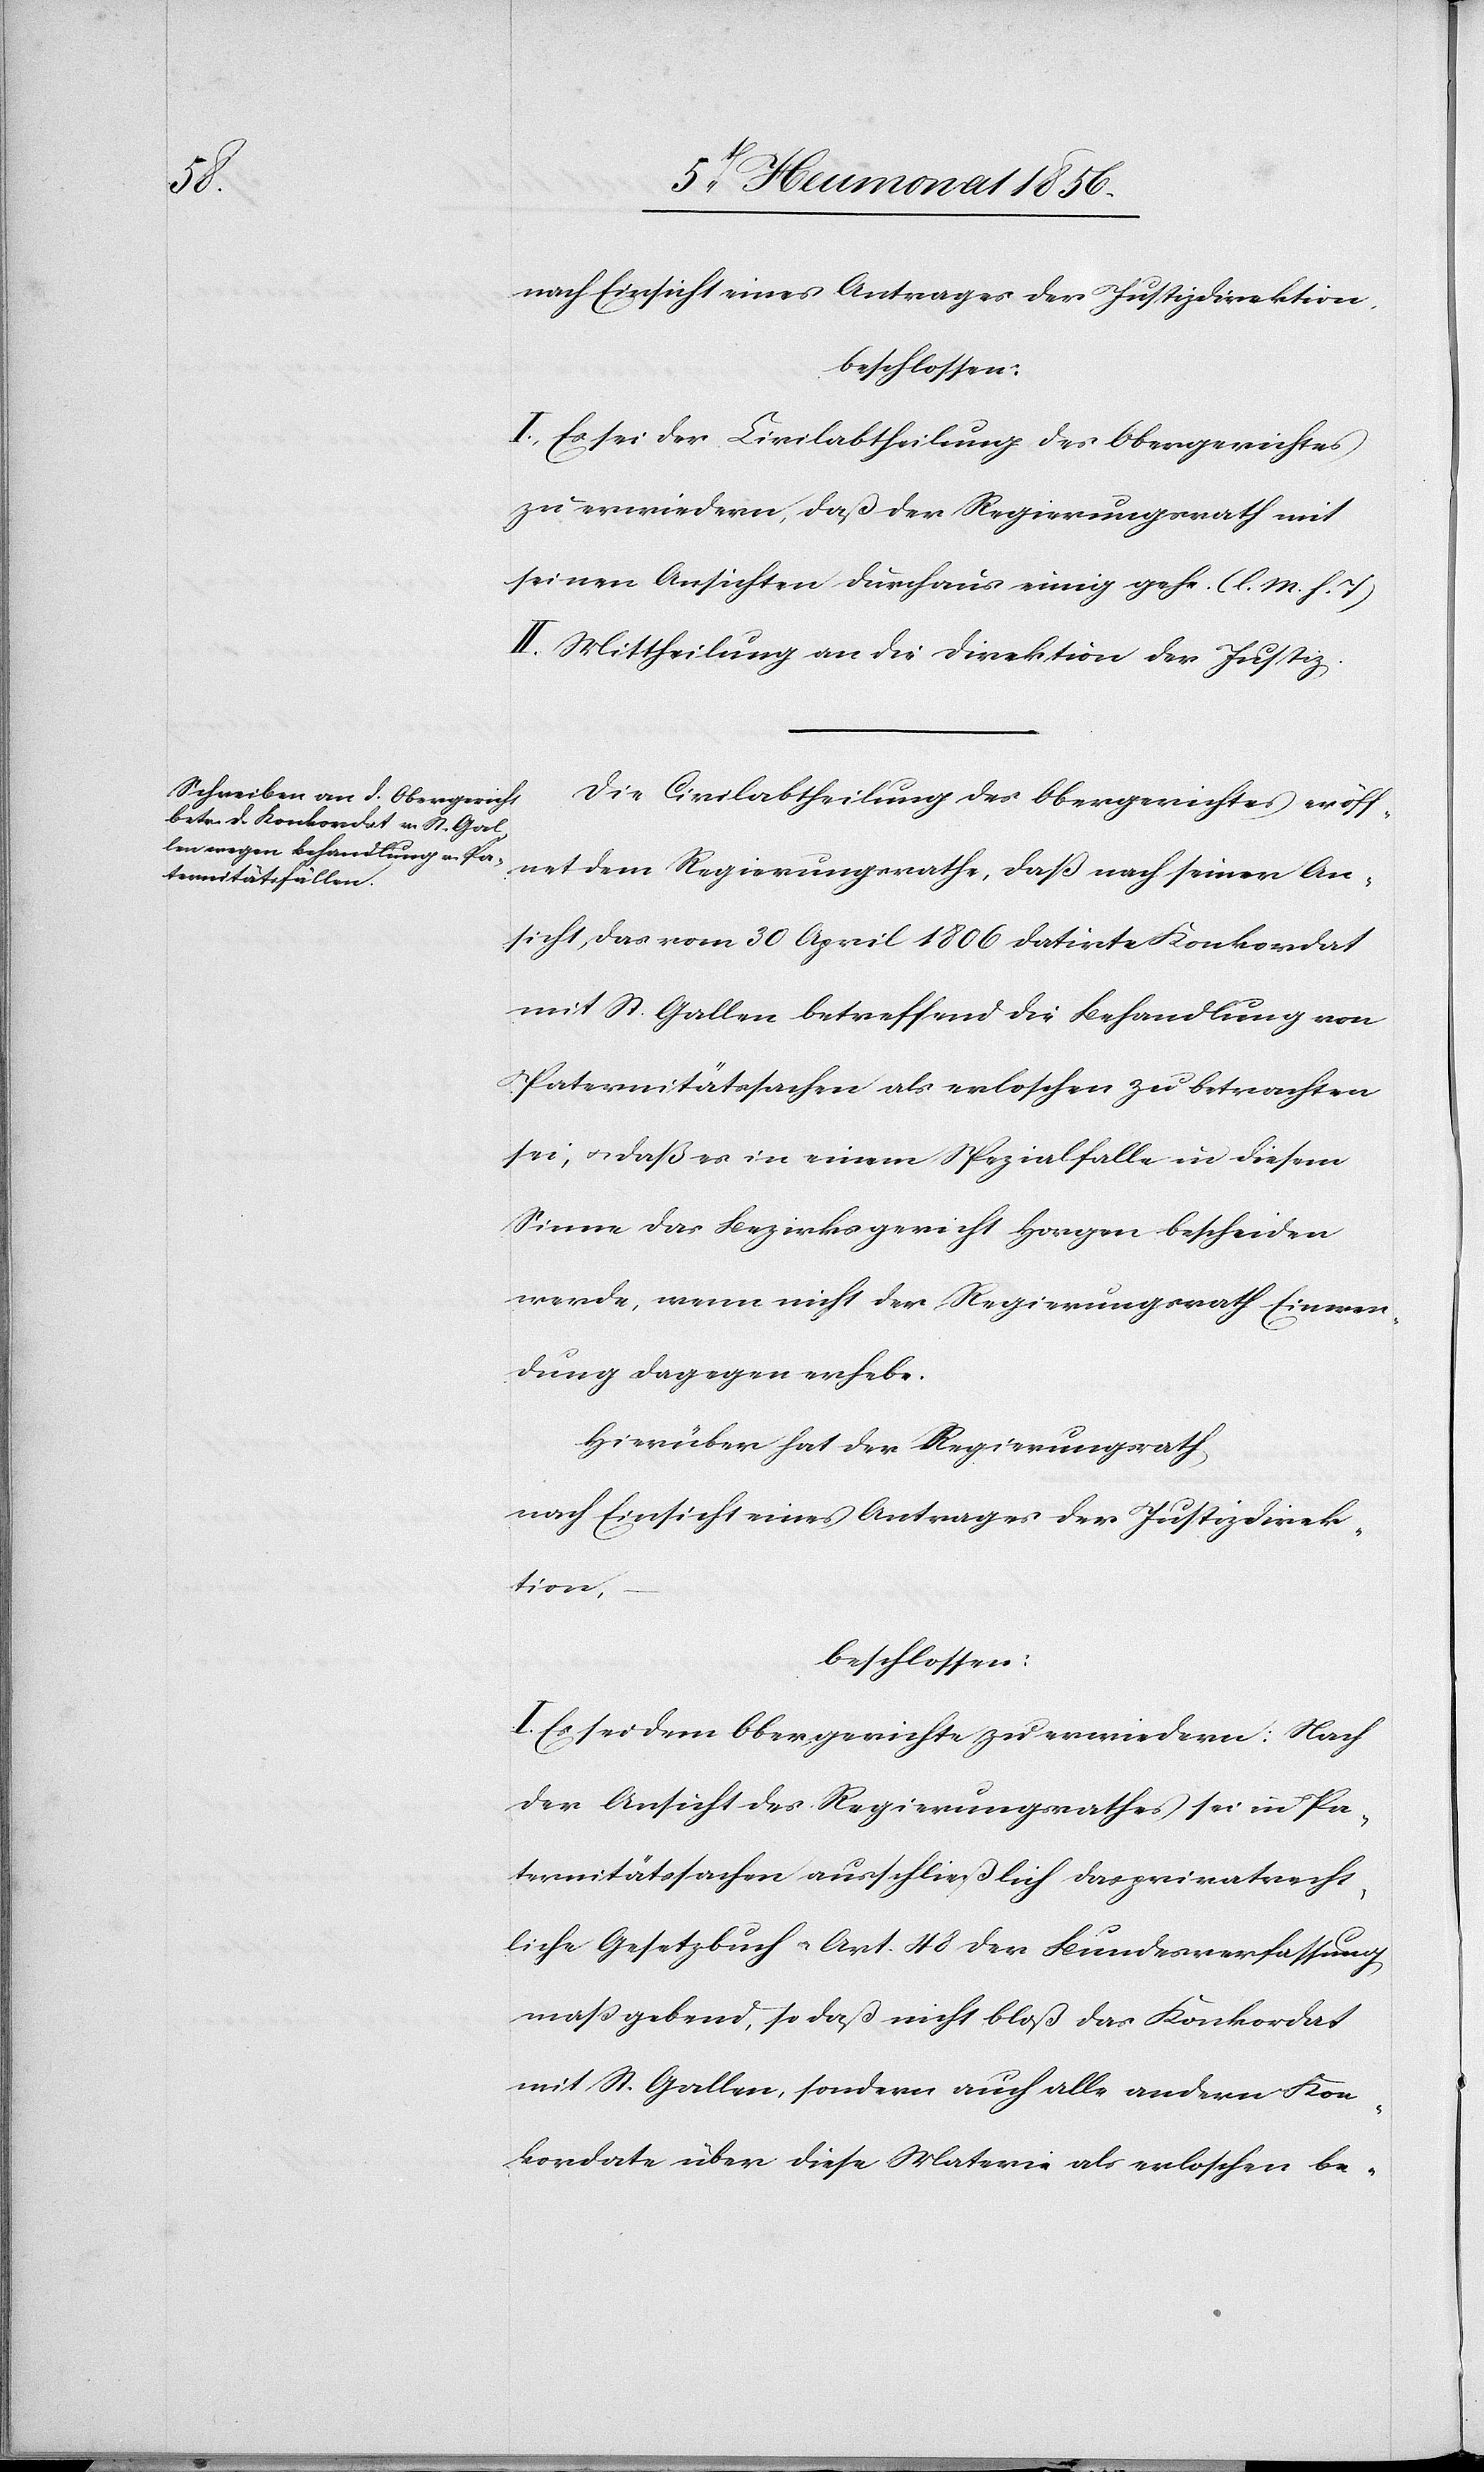
nach Einsicht eines Antrages der Justizdirektion
beschlossen:
I.) Es sei der Civilabtheilung des Obergerichtes
zu erwiedern, daß der Regierungsrath mit
seinen Ansichten durchaus einig gehe. (l. M. h. T)
II.) Mittheilung an die Direktion der Justiz.
Die Civilabtheilung des Obergerichtes eröff¬
net dem Regierungsrathe, daß nach seiner An¬
sicht, das vom 30 April 1806 datirte Konkordat
mit St. Gallen betreffend die Behandlung von
Paternitätssachen als erloschen zu betrachten
sei; u. daß es in einem Spezialfalle in diesem
Sinne das Bezirksgericht Horgen bescheiden
werde, wenn nicht der Regierungsrath Einwen¬
dung dagegen erhebe.
Hierüber hat der Regierungsrath,
nach Einsicht eines Antrages der Justizdirek¬
tion,
beschlossen:
I. Es sei dem Obergerichte zu erwiedern: Nach
der Ansicht des Regierungsrathes sei in Pa¬
ternitätssachen ausschließlich das privatrecht¬
liche Gesetzbuch u. Art. 48 der Bundesverfassung
massgebend, so daß nicht bloß das Konkordat
mit St. Gallen, sondern auch alle andern Kon¬
kordate über diese Materie als erloschen be-